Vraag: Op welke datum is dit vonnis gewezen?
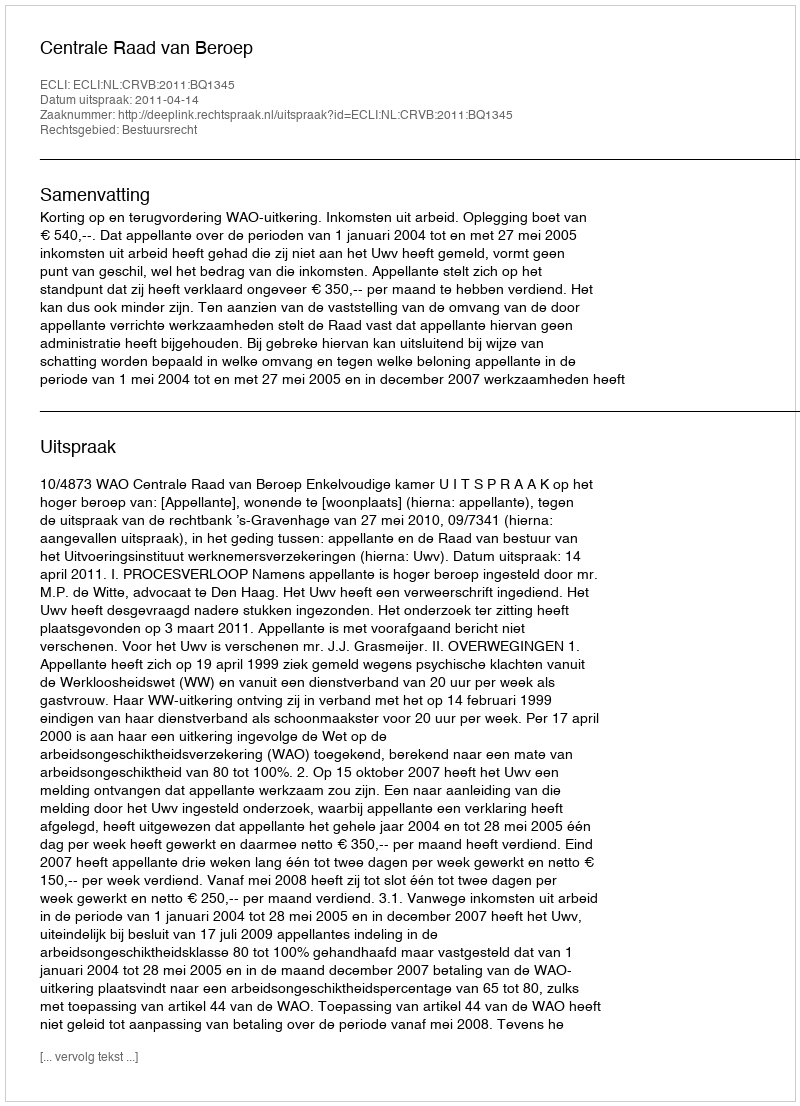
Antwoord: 2011-04-14